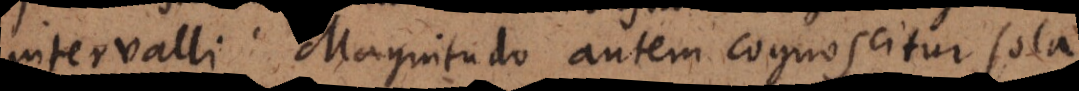
intervalli. Magnitudo autem cognoscitur sola